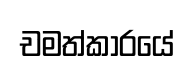
චමත්කාරයේ